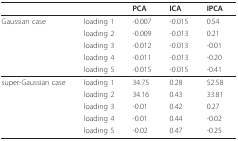
|  |  | PCA | ICA | IPCA |
 | --- | --- | --- | --- | --- |
 | Gaussian case | loading 1 | -0.007 | -0.015 | 0.54 |
 |  | loading 2 | -0.009 | -0.013 | 0.21 |
 |  | loading 3 | -0.012 | -0.013 | -0.01 |
 |  | loading 4 | -0.011 | -0.013 | -0.20 |
 |  | loading 5 | -0.015 | -0.015 | -0.41 |
 | super-Gaussian case | loading 1 | 34.75 | 0.28 | 52.58 |
 |  | loading 2 | 34.16 | 0.43 | 33.81 |
 |  | loading 3 | -0.01 | 0.42 | 0.27 |
 |  | loading 4 | -0.01 | 0.44 | -0.02 |
 |  | loading 5 | -0.02 | 0.47 | -0.25 |